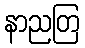
နာညတြ